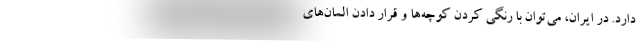
دارد. در ایران، می‌توان با رنگی کردن کوچه‌ها و قرار دادن المان‌های